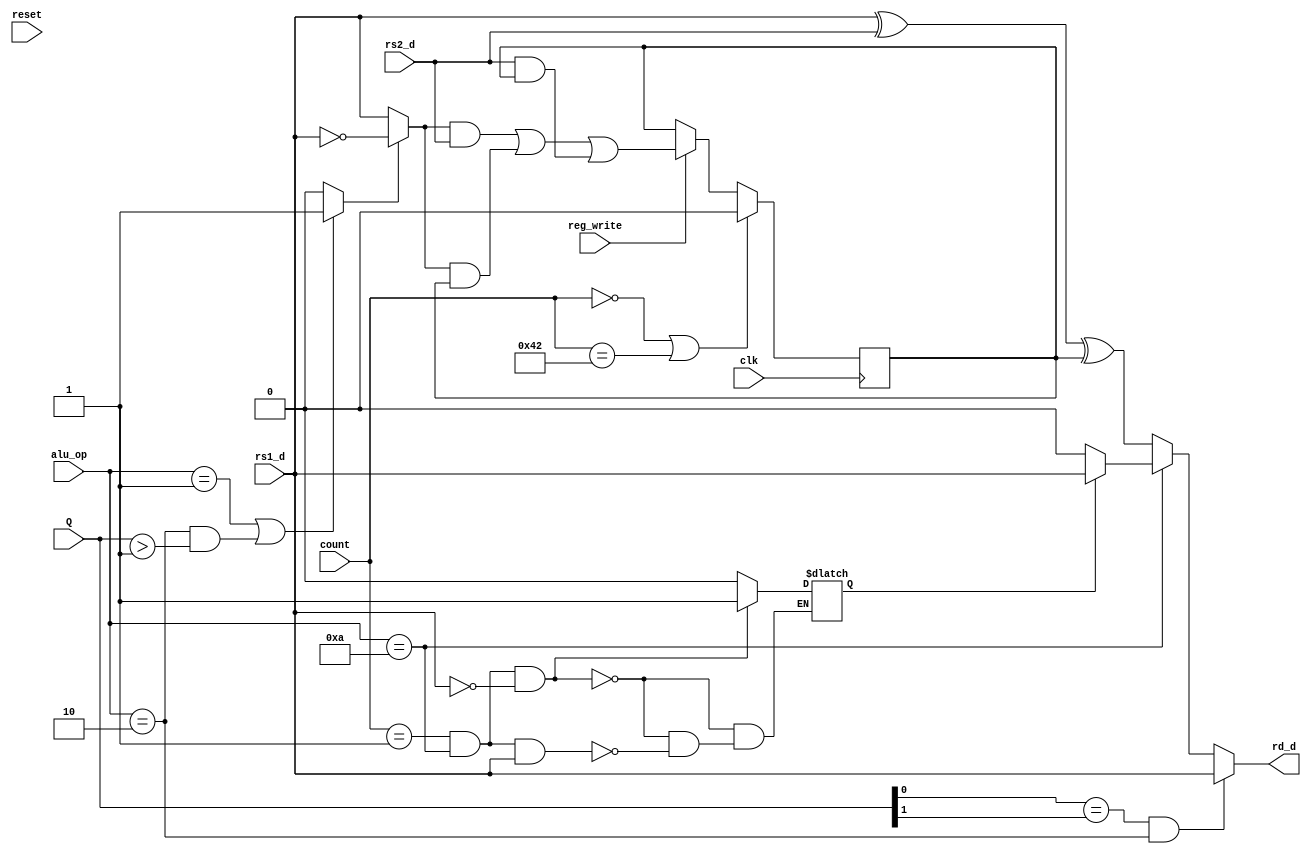
/*
 * Copyright (c) 2022, SPAR-Internal
 * All rights reserved.
 * 
 * Permission is hereby granted, free of charge, to any person obtaining a copy of
 * this software and associated documentation files (the "Software"), to deal in
 * the Software without restriction, including without limitation the rights to
 * use, copy, modify, merge, publish, distribute, sublicense, and/or sell copies
 * of the Software, and to permit persons to whom the Software is furnished to do
 * so, subject to the following conditions:
 * 
 * The above copyright notice and this permission notice shall be included in all
 * copies or substantial portions of the Software.
 * 
 * THE SOFTWARE IS PROVIDED "AS IS", WITHOUT WARRANTY OF ANY KIND, EXPRESS OR
 * IMPLIED, INCLUDING BUT NOT LIMITED TO THE WARRANTIES OF MERCHANTABILITY,
 * FITNESS FOR A PARTICULAR PURPOSE AND NONINFRINGEMENT. IN NO EVENT SHALL THE
 * AUTHORS OR COPYRIGHT HOLDERS BE LIABLE FOR ANY CLAIM, DAMAGES OR OTHER
 * LIABILITY, WHETHER IN AN ACTION OF CONTRACT, TORT OR OTHERWISE, ARISING FROM,
 * OUT OF OR IN CONNECTION WITH THE SOFTWARE OR THE USE OR OTHER DEALINGS IN THE
 * SOFTWARE.
 *
 */


//`timescale 1ns / 1ps
//////////////////////////////////////////////////////////////////////////////////
// Company: 
// Engineer: 
// 
// Design Name: 
// Module Name: Serialized_ALU
// Project Name: 
// Target Devices: 
// Tool Versions: 
// Description: 
// 
// Dependencies: 
// 
// Revision:
// Revision 0.01 - File Created
// Additional Comments:
// 
//////////////////////////////////////////////////////////////////////////////////


module  Serialized_ALU #(parameter LENGTH = 32)
(
	clk,  
	reset, 
	rd_d,	//alu result will be written to rd (rd_d == rd data)  
	rs1_d,  //data in from rs1
	rs2_d, 	//data in from rs2
	alu_op,//op code
	count,		//signals sent to or from controller
	reg_write,	//signals sent to or from controller
	Q
	// LENGTH
);
input[1:0] Q;
input clk, reset, rs1_d, rs2_d;
input[3:0] alu_op;
input[7:0] count; //debug: was [6:0]
input reg_write;
output rd_d;
reg carry_borrow;
wire [1:0] max;
reg pos;

wire operation = ((alu_op==1) || (alu_op==2 &&(Q>1)))? 1 : 0; //debug: added alu_op==2

wire rs1 = operation? !rs1_d : rs1_d;

always @(posedge clk)
begin	
	carry_borrow 	<= (count == 0 || count == 66) ? 0 : reg_write? ((rs1 & rs2_d) | (rs1 & carry_borrow) | (rs2_d & carry_borrow)) : carry_borrow; 		
	//debug: was 66
end
 
  assign rd_d = ((Q[0]==Q[1]) && alu_op==2? rs1_d : (alu_op==10)? (pos == 1 ? rs1_d : 1'b0) : (rs1_d ^ rs2_d ^ carry_borrow));

always @(count, alu_op, rs1_d)
begin
    if(count == 1 && alu_op==10 && rs1_d == 0)
    begin
        pos = 1'b1;
    end
    else if(count == 1 && alu_op==10 && rs1_d == 1)
    begin
        pos = 1'b0;
    end
    else
    begin
        pos = pos;
    end
//    pos = (count == 3 && alu_op==10) ? ((rs1_d == 0) ? 1: 0): pos;
end

/*FDRE #(
      .INIT(1'b0) // Initial value of register (1'b0 or 1'b1)
   ) FDRE_inst (
      .Q(rd_d),      // 1-bit Data output
      .C(clk),      // 1-bit Clock input
      .CE(1),    // 1-bit Clock enable input
      .R(!reset),      // 1-bit Synchronous reset input
      .D(((Q[0]==Q[1]) && alu_op==2? rs1_d : (alu_op==10)? (pos == 1 ? rs1_d : 1'b0) : (rs1_d ^ rs2_d ^ carry_borrow)))       // 1-bit Data input
   );*/

endmodule